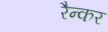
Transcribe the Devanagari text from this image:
रैन्कर